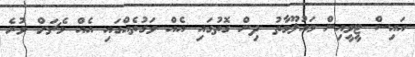
އައިސް ޓީވީއިން މައުލޫމާތު ދިން ގޮތުގައި އެއް ވަގުތެއްގައި އެއް މެޗަށް ވުރެ